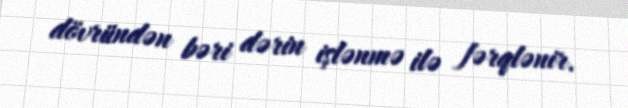
dövründən bəri dərin işlənmə ilə fərqlənir.